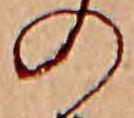
の